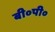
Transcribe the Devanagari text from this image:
बी०पी०